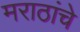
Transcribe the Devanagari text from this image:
मराठांचे